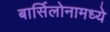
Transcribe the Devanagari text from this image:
बार्सिलोनामध्ये